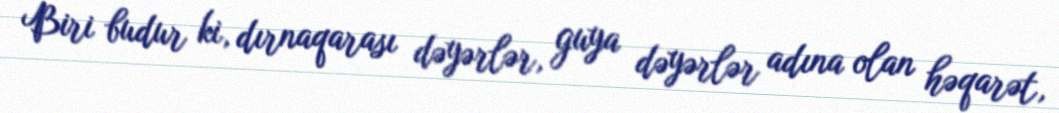
Biri budur ki, dırnaqarası dəyərlər, guya dəyərlər adına olan həqarət,